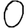
Digit: 0